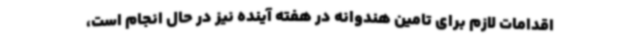
اقدامات لازم برای تامین هندوانه در هفته آینده نیز در حال انجام است،